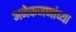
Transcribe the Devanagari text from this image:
अनेकजणांच्या